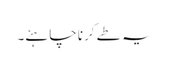
یہ طے کرنا چاہئے۔